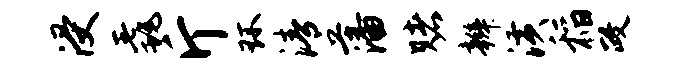
浸毳斤环清藩赌辫潢稻政